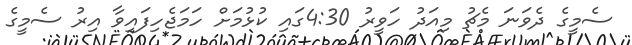
ސެމީގެ ދެވަނަ މެޗު މިއަދު ހަވީރު 4:30ގައި ކުޅުމަށް ހަމަޖެހިފައިވާ އިރު ސެމީގެ